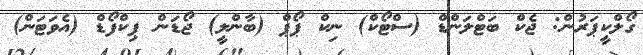
ގޯލްކީޕަރުން: ޖެކް ބަޓްލަންޑް (ސްޓޯކް) ނިކް ޕޯޕް (ބާންލީ) ޖޯޑަން ޕިކްފޯޑް (އެވަޓަން)